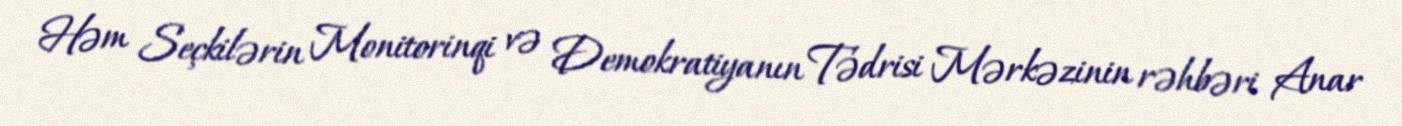
Həm Seçkilərin Monitorinqi və Demokratiyanın Tədrisi Mərkəzinin rəhbəri Anar